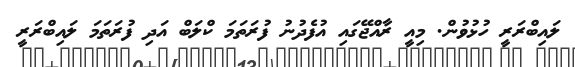
ލައިބްރަރީ ހުޅުވުން. މިއީ ރާއްޖޭގައި އުފެދުނު ފުރަތަމަ ކްލަބް އަދި ފުރަތަމަ ލައިބްރަރީ